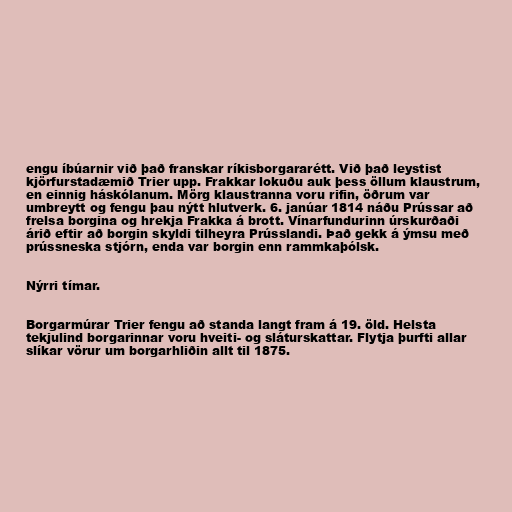
engu íbúarnir við það franskar ríkisborgararétt. Við það leystist
kjörfurstadæmið Trier upp. Frakkar lokuðu auk þess öllum klaustrum,
en einnig háskólanum. Mörg klaustranna voru rifin, öðrum var
umbreytt og fengu þau nýtt hlutverk. 6. janúar 1814 náðu Prússar að
frelsa borgina og hrekja Frakka á brott. Vínarfundurinn úrskurðaði
árið eftir að borgin skyldi tilheyra Prússlandi. Það gekk á ýmsu með
prússneska stjórn, enda var borgin enn rammkaþólsk.

Nýrri tímar.

Borgarmúrar Trier fengu að standa langt fram á 19. öld. Helsta
tekjulind borgarinnar voru hveiti- og sláturskattar. Flytja þurfti allar
slíkar vörur um borgarhliðin allt til 1875.